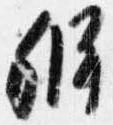
弁